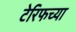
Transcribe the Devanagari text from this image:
टेरिफच्या